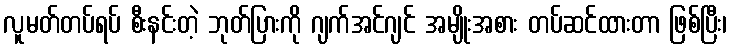
လူမတ်တပ်ရပ် စီးနင်းတဲ့ ဘုတ်ပြားကို ဂျက်အင်ဂျင် အမျိုးအစား တပ်ဆင်ထားတာ ဖြစ်ပြီး၊